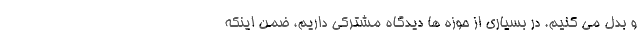
و بدل می کنیم. در بسیاری از حوزه ها دیدگاه مشترکی داریم، ضمن اینکه